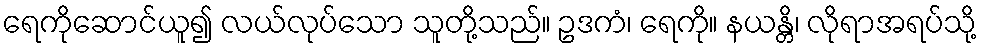
ရေကိုဆောင်ယူ၍ လယ်လုပ်သော သူတို့သည်။ ဥဒကံ၊ ရေကို။ နယန္တိ၊ လိုရာအရပ်သို့